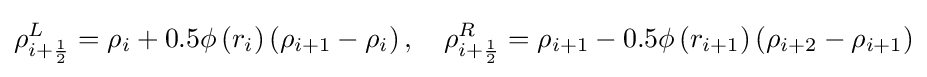
\rho _{i+{\frac {1}{2}}}^{L}=\rho _{i}+0.5\phi \left(r_{i}\right)\left(\rho _{i+1}-\rho _{i}\right),\quad \rho _{i+{\frac {1}{2}}}^{R}=\rho _{i+1}-0.5\phi \left(r_{i+1}\right)\left(\rho _{i+2}-\rho _{i+1}\right)